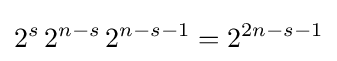
2^{s}\,2^{n-s}\,2^{n-s-1}=2^{2n-s-1}